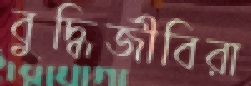
বুদ্ধিজীবিরা